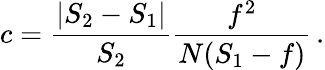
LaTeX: c={\frac{|S_{2}-S_{1}|}{S_{2}}}{\frac{f^{2}}{N(S_{1}-f)}}\, .